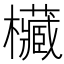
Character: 欌